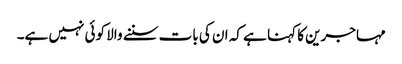
مہاجرین کا کہنا ہے کہ ان کی بات سننے والا کوئی نہیں ہے۔